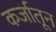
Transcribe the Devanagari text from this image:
कर्जातून